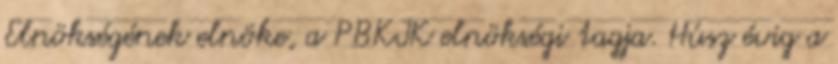
Elnökségének elnöke, a PBKIK elnökségi tagja. Húsz évig a